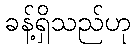
ခန့်ရှိသည်ဟု